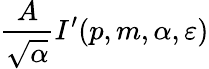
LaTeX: \frac{A}{\sqrt{\alpha}}I^{\prime}(p,m,\alpha,\varepsilon)